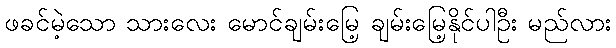
ဖခင်မဲ့သော သားလေး မောင်ချမ်းမြေ့ ချမ်းမြေ့နိုင်ပါဦး မည်လား